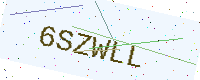
Text: 6SZWLL